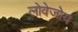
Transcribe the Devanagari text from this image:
लोवेजोय